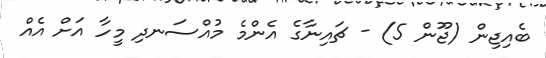
ބެއިޖިން (ޖޫން 5) - ޗައިނާގެ އެންމެ މުއްސަނދި މީހާ އަށް އެއް